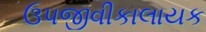
ઉપજીવીકાલાયક